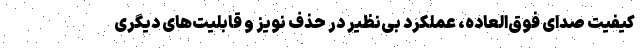
کیفیت صدای فوق‌العاده، عملکرد بی‌نظیر در حذف نویز و قابلیت‌های دیگری